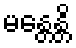
မန္တေန္တိ